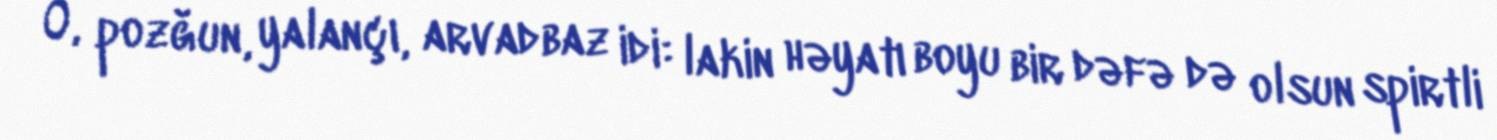
O, pozğun, yalançı, arvadbaz idi: lakin həyatı boyu bir dəfə də olsun spirtli